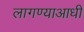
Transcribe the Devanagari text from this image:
लागण्याआधी